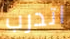
اتدرب